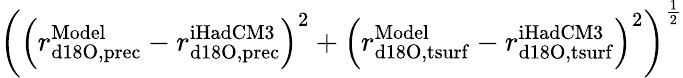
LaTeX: \left(\left(r_{\mathrm{d18O,prec}}^{\mathrm{Model}}-r_{\mathrm{d18O,prec}}^{\mathrm{iHadCM3}}\right)^{2}+\left(r_{\mathrm{d18O,tsurf}}^{\mathrm{Model}}-r_{\mathrm{d18O,tsurf}}^{\mathrm{iHadCM3}}\right)^{2}\right)^{\frac{1}{2}}